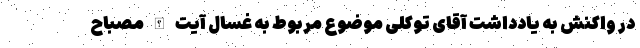
در واکنش به یادداشت آقای توکلی موضوع مربوط به غسال آیت الله‌‌ مصباح